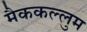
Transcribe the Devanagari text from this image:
मैककल्लुम